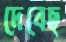
দেবেছ